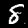
Digit: 8